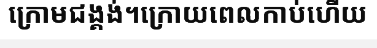
ក្រោមជង្គង់។ក្រោយពេលកាប់ហើយ